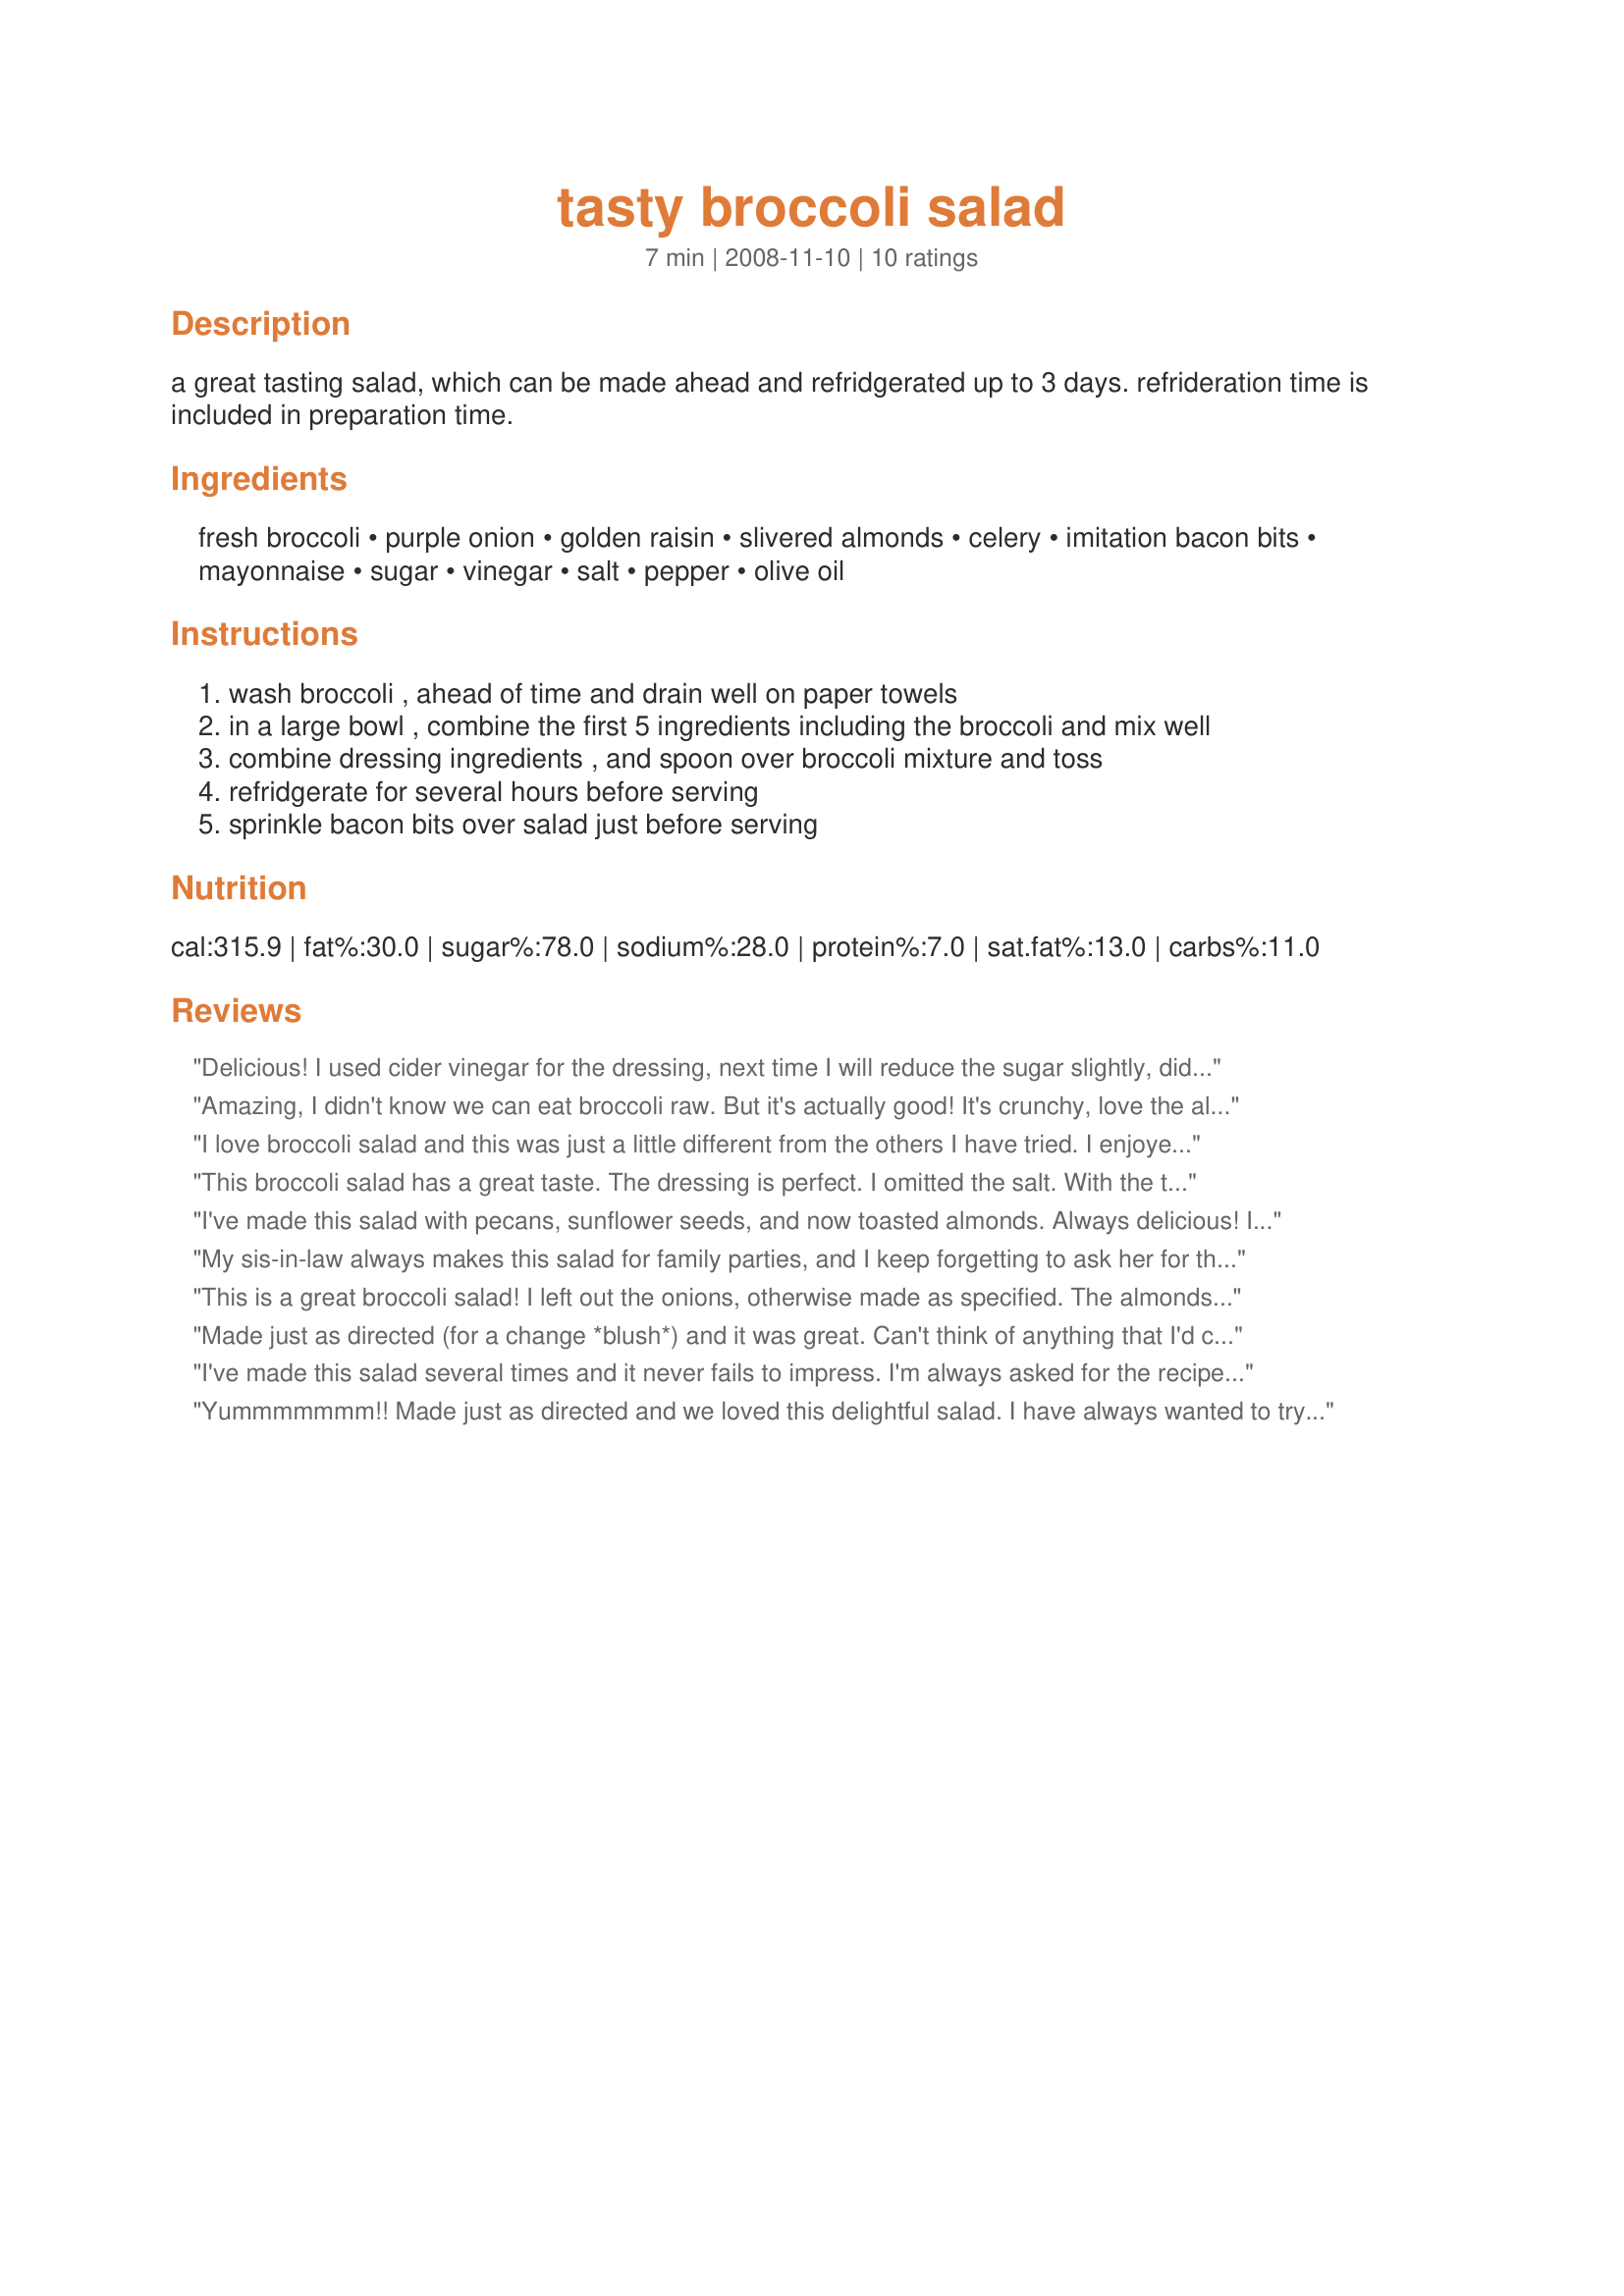
tasty broccoli salad
Preparation time: 7 minutes

a great tasting salad, which can be made ahead and refridgerated up to 3 days. refrideration time is included in preparation time.

Ingredients:
fresh broccoli, purple onion, golden raisin, slivered almonds, celery, imitation bacon bits, mayonnaise, sugar, vinegar, salt, pepper, olive oil

Steps:
wash broccoli , ahead of time and drain well on paper towels
in a large bowl , combine the first 5 ingredients including the broccoli and mix well
combine dressing ingredients , and spoon over broccoli mixture and toss
refridgerate for several hours before serving
sprinkle bacon bits over salad just before serving

Reviews:
Delicious! I used cider vinegar for the dressing, next time I will reduce the sugar slightly, didn't have any almonds so I added in toasted pecans, will make again, this was a wonderful salad, thanks for sharing weekendC!
Amazing, I didn't know we can eat broccoli raw. But it's actually good! It's crunchy, love the almonds in it as it gives it a nutty flavor and the salad's sweet and delicious. Didn't have celery so didn't add it and opted out on the bacon bits. So easy and yet so good! Thanks!
I love broccoli salad and this was just a little different from the others I have tried. I enjoyed the taste of toasted almond and the celery added more crunch! Thanks!
This broccoli salad has a great taste. The dressing is perfect. I omitted the salt. With the toasted almonds it was yummy. Thanks Doug :) Made for Market tag game
I've made this salad with pecans, sunflower seeds, and now toasted almonds. Always delicious! I used no fat mayo and real bacon instead of bacon bits....just don't like those. Wonderful salad! Thanks for sharing.
My sis-in-law always makes this salad for family parties, and I keep forgetting to ask her for the recipe...but then, I found THIS recipe and tried it - SUCCESS!!! It's exactly the same! I only had Miracle Whip on hand (instead of Mayonnaise), which made it a bit sweeter, but other than that, it was amazing! And my 2-yr-old boy LOVED it - I didn't think he'd take too well to the raw broccoli, but the sweetness of the dressing and the raisins toned down the "broccoli" taste. I will make this salad over and over again! TY!
This is a great broccoli salad! I left out the onions, otherwise made as specified. The almonds and celery in the salad and the pepper in the dressing made this a little different than others I've tried and I really enjoyed these additions. This is terrific - thanks for sharing the recipe!
Made just as directed (for a change *blush*) and it was great. Can't think of anything that I'd change. Great veggie side with the grilled burgers tonight. You can't go wrong with this salad.
I've made this salad several times and it never fails to impress. I'm always asked for the recipe. I have to admit that I don't like the imitation bacon bits so I always cook the real thing...makes it taste that much better. And if it sits overnight.....it is even better! Thanks for a great recipe and one that I will continue to make over and over!
Yummmmmmm!! Made just as directed and we loved this delightful salad. I have always wanted to try raw broccoli and this was sure a hit. Made for holiday tag. Another keeper, weekend.
